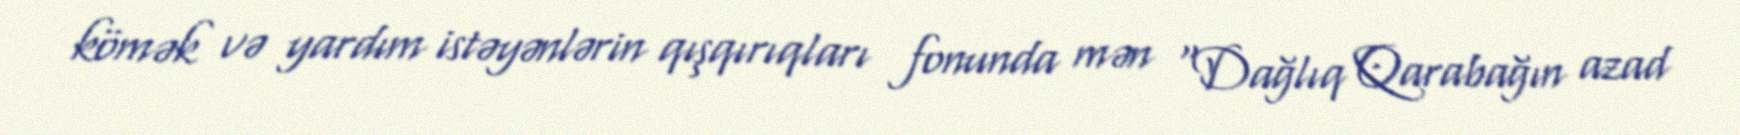
kömək və yardım istəyənlərin qışqırıqları fonunda mən “Dağlıq Qarabağın azad